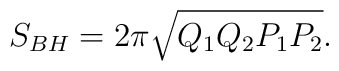
S_{BH}=2\pi\sqrt{Q_1Q_2P_1P_2}.